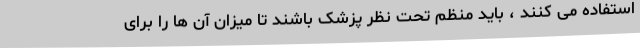
استفاده می کنند ، باید منظم تحت نظر پزشک باشند تا میزان آن ها را برای